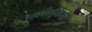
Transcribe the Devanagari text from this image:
भक्तेर्लुनन्ती